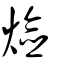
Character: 㷿